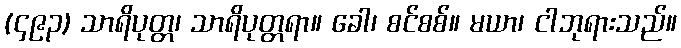
(၄၉၃) သာရိပုတ္တ၊ သာရိပုတ္တရာ။ ခေါ၊ စင်စစ်။ မယာ၊ ငါဘုရားသည်။